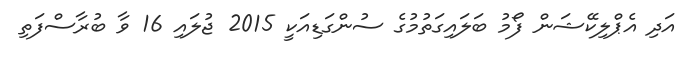
އަދި އެޕްލިކޭޝަން ފޯމު ބަލައިގަތުމުގެ ސުންގަޑިއަކީ 2015 ޖުލައި 16 ވާ ބުރާސްފަތި